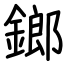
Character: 鎯